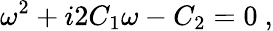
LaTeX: \omega^{2}+i2C_{1}\omega-C_{2}=0\ ,